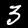
Label: 3